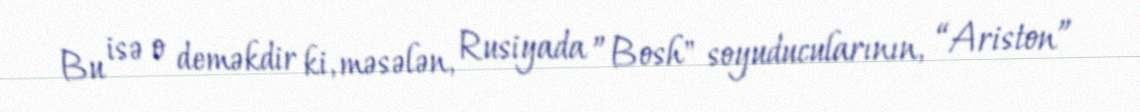
Bu isə o deməkdir ki, məsələn, Rusiyada ”Bosh" soyuducularının, “Ariston”